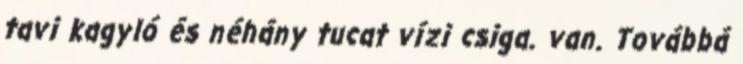
tavi kagyló és néhány tucat vízi csiga. van. Továbbá